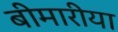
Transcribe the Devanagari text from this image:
बीमारीया